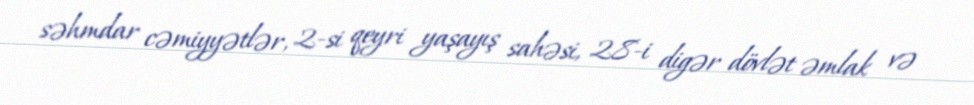
səhmdar cəmiyyətlər, 2-si qeyri yaşayış sahəsi, 28-i digər dövlət əmlak və